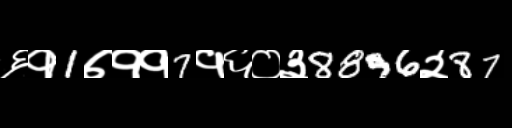
Text: ६१1७११7१६०३8896२87